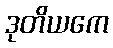
ဒုတိယကေ